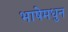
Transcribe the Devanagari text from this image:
भाषेमधुन